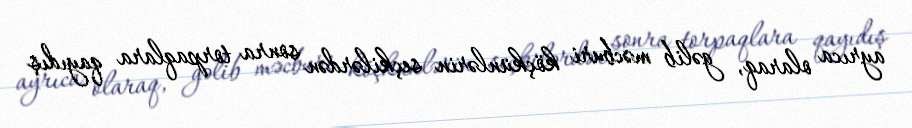
ayrıca olaraq, gəlib məcburi köçkünlərin seçkilərdən sonra torpaqlara qayıdış